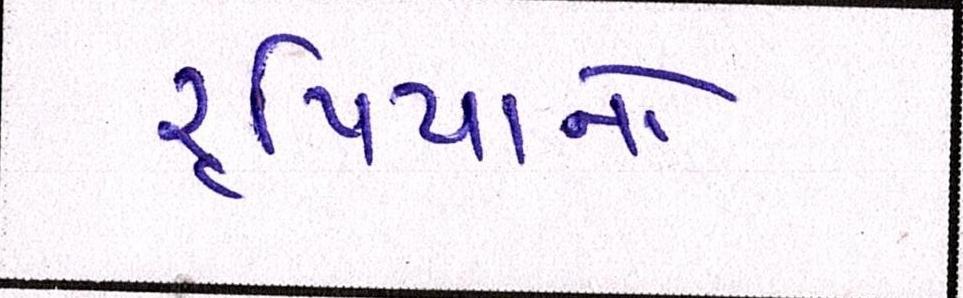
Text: રૃપિયાનો